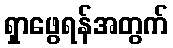
ရှာဖွေရန်အတွက်